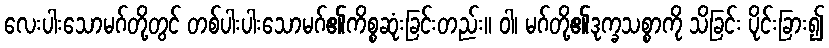
လေးပါးသောမဂ်တို့တွင် တစ်ပါးပါးသောမဂ်၏ကိစ္စဆုံးခြင်းတည်း။ ဝါ၊ မဂ်တို့၏ဒုက္ခသစ္စာကို သိခြင်း ပိုင်းခြား၍